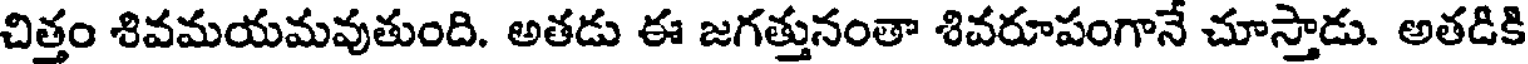
చిత్తం శివమయమవుతుంది. అతడు ఈ జగత్తునంతా శివరూపంగానే చూస్తాడు. అతడికి